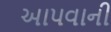
આપવાની